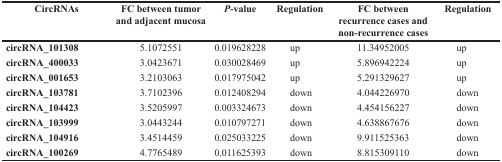
<table><thead><tr><td><b>CircRNAs</b></td><td><b>FC between tumor and adjacent mucosa</b></td><td><b><i>P</i>-value</b></td><td><b>Regulation</b></td><td><b>FC between recurrence cases and non-recurrence cases</b></td><td><b>Regulation</b></td></tr></thead><tbody><tr><td><b>circRNA_101308</b></td><td>5.1072551</td><td>0.019628228</td><td>up</td><td>11.34952005</td><td>up</td></tr><tr><td><b>circRNA_400033</b></td><td>3.0423671</td><td>0.030028469</td><td>up</td><td>5.896942224</td><td>up</td></tr><tr><td><b>circRNA_001653</b></td><td>3.2103063</td><td>0.017975042</td><td>up</td><td>5.291329627</td><td>up</td></tr><tr><td><b>circRNA_103781</b></td><td>3.7102396</td><td>0.012408294</td><td>down</td><td>4.044226970</td><td>down</td></tr><tr><td><b>circRNA_104423</b></td><td>3.5205997</td><td>0.003324673</td><td>down</td><td>4.454156227</td><td>down</td></tr><tr><td><b>circRNA_103999</b></td><td>3.0443244</td><td>0.010797271</td><td>down</td><td>4.638867676</td><td>down</td></tr><tr><td><b>circRNA_104916</b></td><td>3.4514459</td><td>0.025033225</td><td>down</td><td>9.911525363</td><td>down</td></tr><tr><td><b>circRNA_100269</b></td><td>4.7765489</td><td>0.011625393</td><td>down</td><td>8.815309110</td><td>down</td></tr></tbody></table>